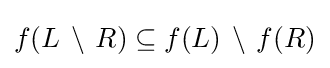
f(L\,\setminus \,R)\subseteq f(L)\,\setminus \,f(R)